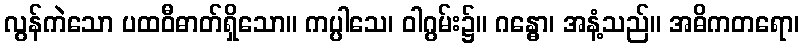
လွန်ကဲသော ပထဝီဓာတ်ရှိသော။ ကပ္ပါသေ၊ ဝါဂွမ်း၌။ ဂန္ဓော၊ အနံ့သည်။ အဓိကတရော၊